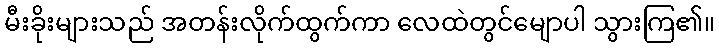
မီးခိုးများသည် အတန်းလိုက်ထွက်ကာ လေထဲတွင်မျောပါ သွားကြ၏။